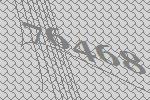
76468